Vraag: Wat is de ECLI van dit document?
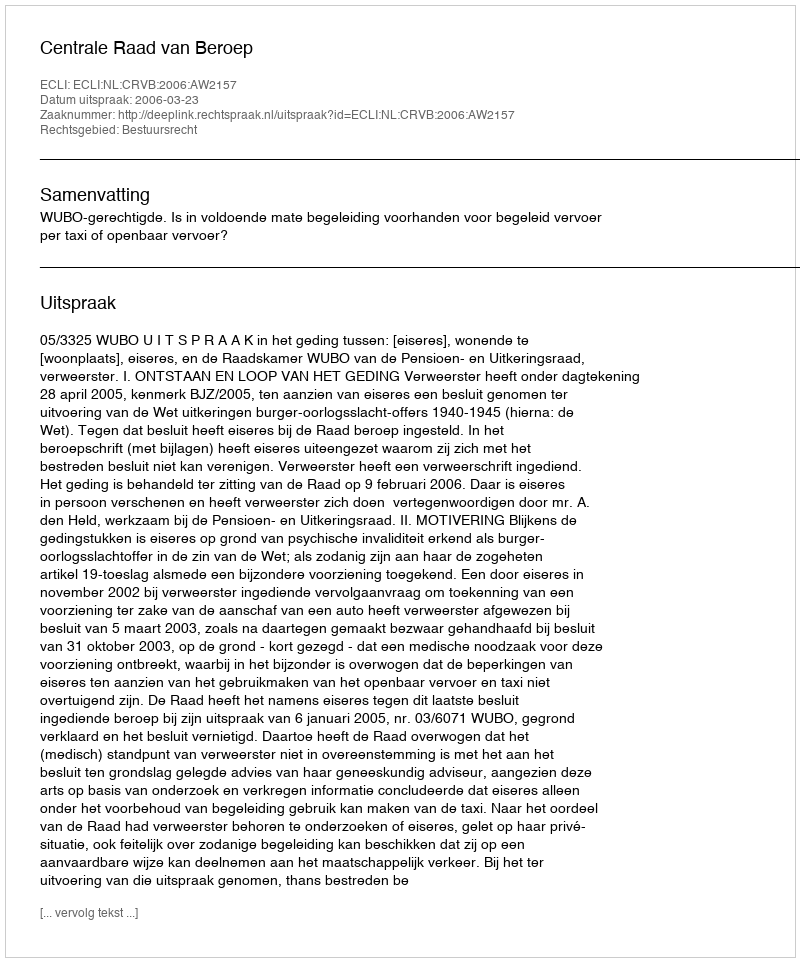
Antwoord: ECLI:NL:CRVB:2006:AW2157